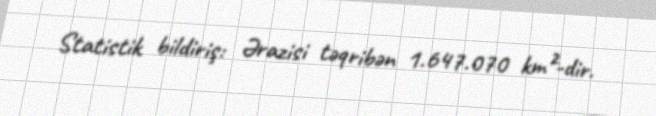
Statistik bildiriş: Ərazisi təqribən 1.647.070 km²-dir.